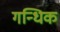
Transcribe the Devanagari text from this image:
गन्धिक